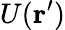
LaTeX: U(\mathbf{r}^{\prime})